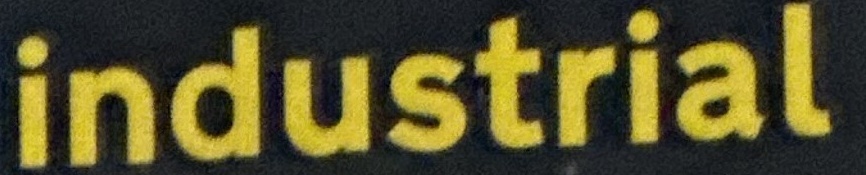
industrial